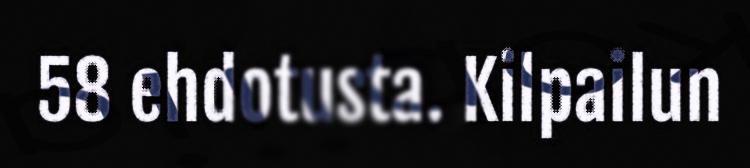
58 ehdotusta. Kilpailun